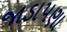
જાડાપણા